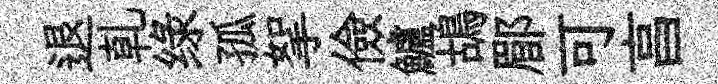
退乹绿孤挐儉鱸鴣郿可亯